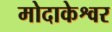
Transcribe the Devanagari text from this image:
मोदाकेश्वर